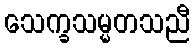
သေက္ခသမ္မတသညီ